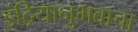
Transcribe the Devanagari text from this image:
इंद्रियानुभवाचा